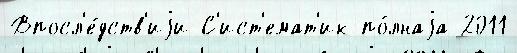
Впосл'е́дств'иjи С'ист'емат'ик по́лнаjа 2011